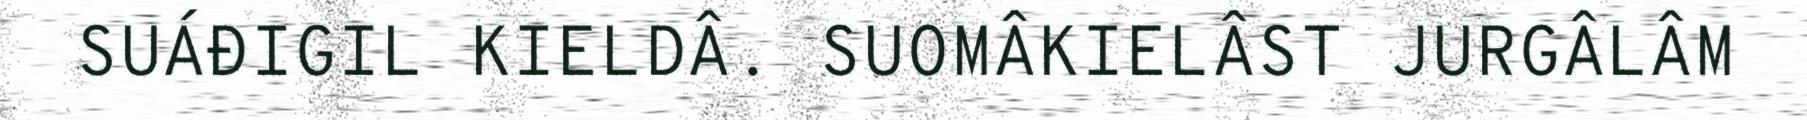
SUÁĐIGIL KIELDÂ. SUOMÂKIELÂST JURGÂLÂM